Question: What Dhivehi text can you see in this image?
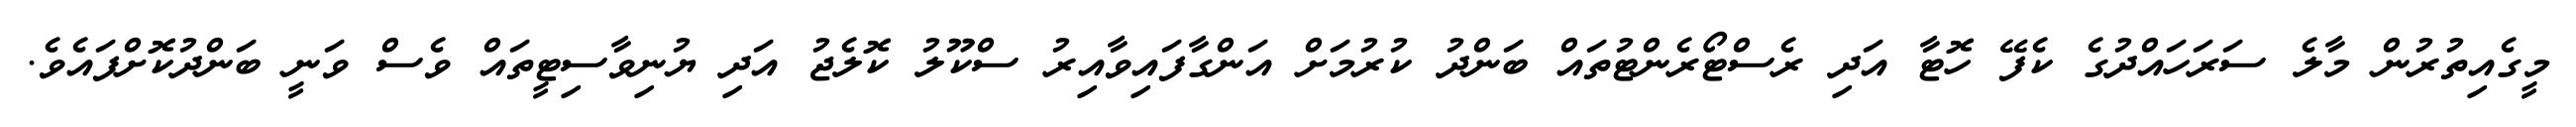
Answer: މީގެއިތުރުން މާލެ ސަރަހައްދުގެ ކެފޭ ހޮޓާ އަދި ރެސްޓޯރެންޓުތައް ބަންދު ކުރުމަށް އަންގާފައިވާއިރު ސްކޫލު ކޮލެޖު އަދި ޔުނިވާސިޓީތައް ވެސް ވަނީ ބަންދުކޮށްފައެވެ.